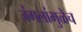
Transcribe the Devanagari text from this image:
जंगलांमुळेच